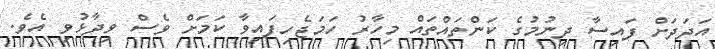
އަދަދަށް ފައިސާ ދިނުމުގެ ކަންތައްތައް މިހާރު ހަމަޖެހިފައިވާ ކަމަށް ވެސް ވިދާޅުވި އެވެ.